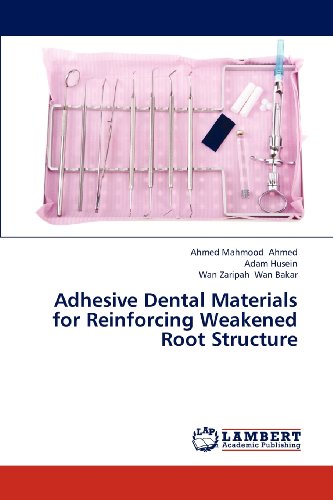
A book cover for Adhesive Dental Materials for Reinforcing Weakened Root Structure; Ahmed Mahmood Ahmed; Medical Books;